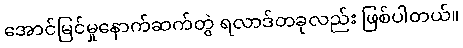
အောင်မြင်မှုနောက်ဆက်တွဲ ရလာဒ်တခုလည်း ဖြစ်ပါတယ်။